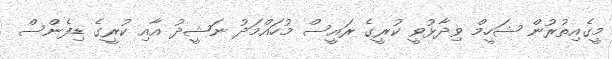
މީގެއިތުރުން ޝަހީމް ވިދާޅުވީ ކުރީގެ ރައީސް މުހައްމަދު ނަޝީދު އާއި ކުރީގެ ޑިފެންސް